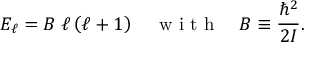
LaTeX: E _ { \ell } = B \; \ell \left( \ell + 1 \right) \quad { \textrm { w i t h } } \quad B \equiv { \frac { \hbar ^ { 2 } } { 2 I } } .